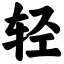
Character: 轻